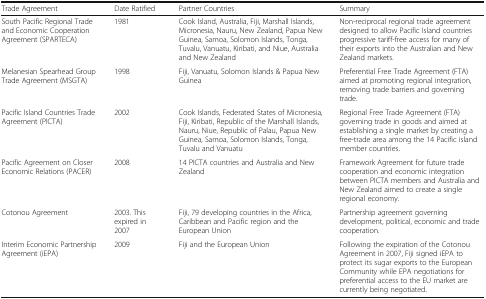
<table><thead><tr><td><b>Trade Agreement</b></td><td><b>Date Ratified</b></td><td><b>Partner Countries</b></td><td><b>Summary</b></td></tr></thead><tbody><tr><td>South Pacific Regional Trade and Economic Cooperation Agreement (SPARTECA)</td><td>1981</td><td>Cook Island, Australia, Fiji, Marshall Islands, Micronesia, Nauru, New Zealand, Papua New Guinea, Samoa, Solomon Islands, Tonga, Tuvalu, Vanuatu, Kiribati, and Niue, Australia and New Zealand</td><td>Non-reciprocal regional trade agreement designed to allow Pacific Island countries progressive tariff-free access for many of their exports into the Australian and New Zealand markets.</td></tr><tr><td>Melanesian Spearhead Group Trade Agreement (MSGTA)</td><td>1998</td><td>Fiji, Vanuatu, Solomon Islands &amp; Papua New Guinea</td><td>Preferential Free Trade Agreement (FTA) aimed at promoting regional integration, removing trade barriers and governing trade.</td></tr><tr><td>Pacific Island Countries Trade Agreement (PICTA)</td><td>2002</td><td>Cook Islands, Federated States of Micronesia, Fiji, Kiribati, Republic of the Marshall Islands, Nauru, Niue, Republic of Palau, Papua New Guinea, Samoa, Solomon Islands, Tonga, Tuvalu and Vanuatu</td><td>Regional Free Trade Agreement (FTA) governing trade in goods and aimed at establishing a single market by creating a free-trade area among the 14 Pacific island member countries.</td></tr><tr><td>Pacific Agreement on Closer Economic Relations (PACER)</td><td>2008</td><td>14 PICTA countries and Australia and New Zealand</td><td>Framework Agreement for future trade cooperation and economic integration between PICTA members and Australia and New Zealand aimed to create a single regional economy.</td></tr><tr><td>Cotonou Agreement</td><td>2003. This expired in 2007</td><td>Fiji, 79 developing countries in the Africa, Caribbean and Pacific region and the European Union</td><td>Partnership agreement governing development, political, economic and trade cooperation.</td></tr><tr><td>Interim Economic Partnership Agreement (iEPA)</td><td>2009</td><td>Fiji and the European Union</td><td>Following the expiration of the Cotonou Agreement in 2007, Fiji signed iEPA to protect its sugar exports to the European Community while EPA negotiations for preferential access to the EU market are currently being negotiated.</td></tr></tbody></table>